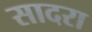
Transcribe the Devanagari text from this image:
सादरा